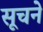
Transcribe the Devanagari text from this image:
सूचने